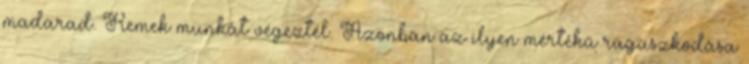
madarad. Remek munkát végeztél. Azonban az ilyen mértékű ragaszkodása